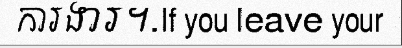
ការងារ។.If you leave your